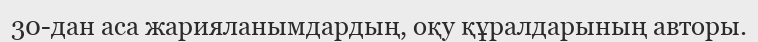
30-дан аса жарияланымдардың, оқу құралдарының авторы.